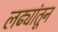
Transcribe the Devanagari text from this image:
लढ्यांतून